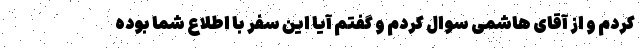
کردم و از آقای هاشمی سوال کردم و گفتم آیا این سفر با اطلاع شما بوده